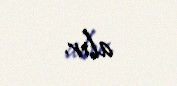
alır.